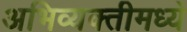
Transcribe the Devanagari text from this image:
अभिव्यक्तीमध्ये